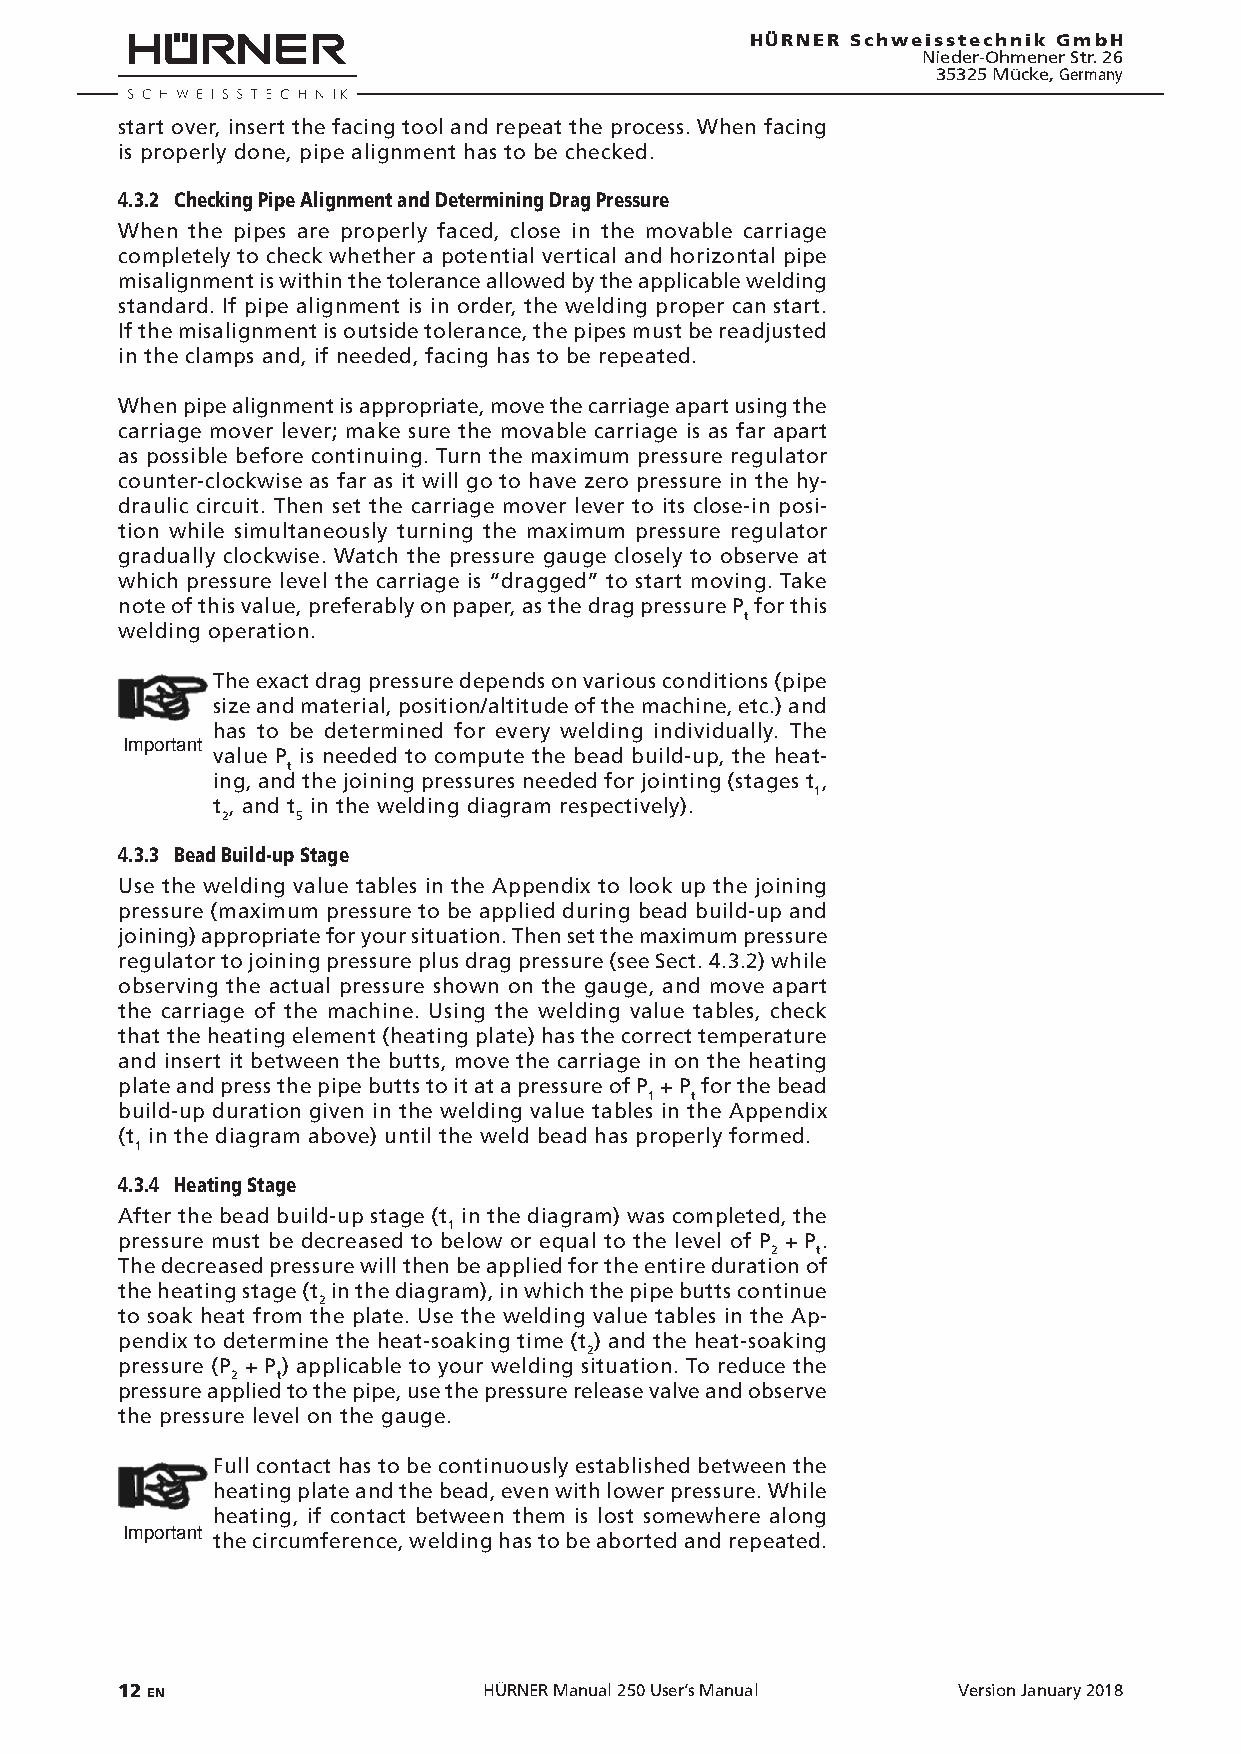
HÜRNER Schweisstechnik GmbH
 Nieder-Ohmener Str. 26
 35325 Mücke, Germany
 start over, insert the facing tool and repeat the process. When facing
 is properly done, pipe alignment has to be checked.
 4.3.2 Checking Pipe Alignment and Determining Drag Pressure
 When the pipes are properly faced, close in the movable carriage
 completely to check whether a potential vertical and horizontal pipe
 misalignment is within the tolerance allowed by the applicable welding
 standard. If pipe alignment is in order, the welding proper can start.
 If the misalignment is outside tolerance, the pipes must be readjusted
 in the clamps and, if needed, facing has to be repeated.
 When pipe alignment is appropriate, move the carriage apart using the
 carriage mover lever; make sure the movable carriage is as far apart
 as possible before continuing. Turn the maximum pressure regulator
 counter-clockwise as far as it will go to have zero pressure in the hy-
 draulic circuit. Then set the carriage mover lever to its close-in posi-
 tion while simultaneously turning the maximum pressure regulator
 gradually clockwise. Watch the pressure gauge closely to observe at
 which pressure level the carriage is “dragged” to start moving. Take
 note of this value, preferably on paper, as the drag pressure P for this
 t
 welding operation.
 The exact drag pressure depends on various conditions (pipe
 size and material, position/altitude of the machine, etc.) and
 has to be determined for every welding individually. The
 Important
 value P is needed to compute the bead build-up, the heat-
 t
 ing, and the joining pressures needed for jointing (stages t ,
 1
 t , and t in the welding diagram respectively).
 2    5
 4.3.3 Bead Build-up Stage
 Use the welding value tables in the Appendix to look up the joining
 pressure (maximum pressure to be applied during bead build-up and
 joining) appropriate for your situation. Then set the maximum pressure
 regulator to joining pressure plus drag pressure (see Sect. 4.3.2) while
 observing the actual pressure shown on the gauge, and move apart
 the carriage of the machine. Using the welding value tables, check
 that the heating element (heating plate) has the correct temperature
 and insert it between the butts, move the carriage in on the heating
 plate and press the pipe butts to it at a pressure of P + P for the bead
 1  t
 build-up duration given in the welding value tables in the Appendix
 (t in the diagram above) until the weld bead has properly formed.
 1
 4.3.4 Heating Stage
 After the bead build-up stage (t in the diagram) was completed, the
 1
 pressure must be decreased to below or equal to the level of P + P .
 2  t
 The decreased pressure will then be applied for the entire duration of
 the heating stage (t in the diagram), in which the pipe butts continue
 2
 to soak heat from the plate. Use the welding value tables in the Ap-
 pendix to determine the heat-soaking time (t ) and the heat-soaking
 2
 pressure (P + P ) applicable to your welding situation. To reduce the
 2  t
 pressure applied to the pipe, use the pressure release valve and observe
 the pressure level on the gauge.
 Full contact has to be continuously established between the
 heating plate and the bead, even with lower pressure. While
 heating, if contact between them is lost somewhere along
 Important the circumference, welding has to be aborted and repeated.
 12 EN                   HÜRNER Manual 250 User’s Manual Version January 2018